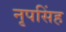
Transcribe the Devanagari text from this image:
नृपसिंह